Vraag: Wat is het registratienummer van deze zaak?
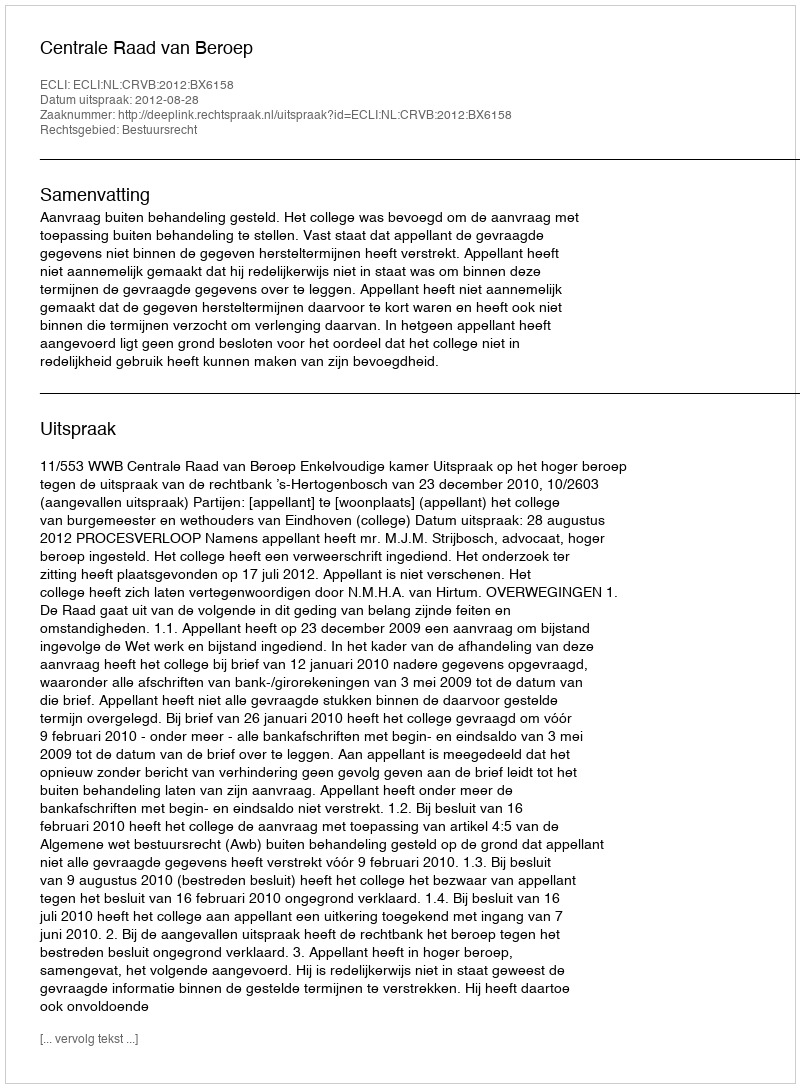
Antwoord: http://deeplink.rechtspraak.nl/uitspraak?id=ECLI:NL:CRVB:2012:BX6158